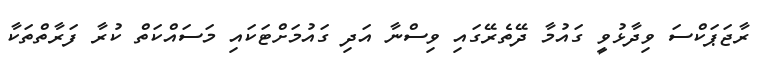
ރާޖަޕަކްސަ ވިދާޅުވީ ގައުމާ ދޭތެރޭގައި ވިސްނާ އަދި ގައުމަށްޓަކައި މަސައްކަތް ކުރާ ފަރާތްތަކާ